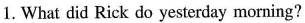
1.What did Rick do yesterday morning?